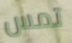
تمس